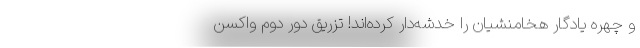
و چهره یادگار هخامنشیان را خدشه‌دار کرده‌اند! تزریق دور دوم واکسن